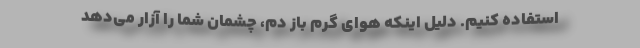
استفاده کنیم. دلیل اینکه هوای گرم باز دم، چشمان شما را آزار می‌دهد